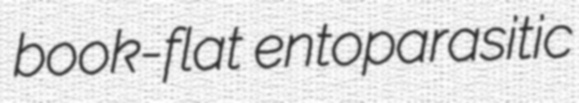
book-flat entoparasitic